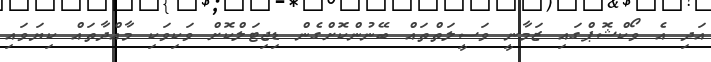
އަދި އެ ވޯކްޝޮޕްގައި ޒަމާނީ ވަސީލަތްތައް ބޭނުންކޮށްގެން ޑިޖިޓަލްކޮށް ވަކިވަކި މާއްދާތައް ކިޔަވައި